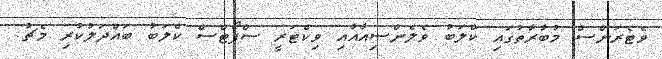
ވެޓެރަންސް މުބާރާތުގައި ކްލަބު ވެލެންސިއާއާއި ވިކްޓަރީ ސްޕޯޓްސް ކްލަބު ބައްދަލުކުރި މެޗު